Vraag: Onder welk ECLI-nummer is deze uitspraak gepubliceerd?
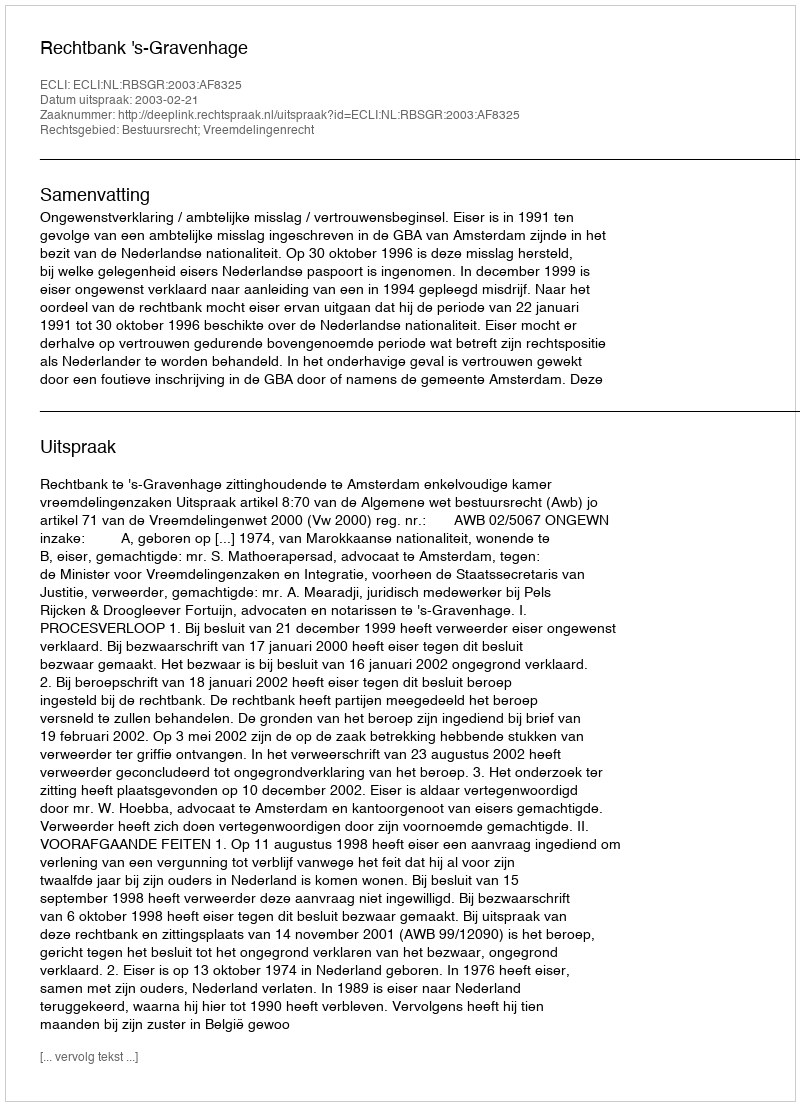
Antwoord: ECLI:NL:RBSGR:2003:AF8325